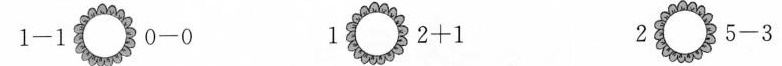
$$1 - 1$$ $$0 - 0$$ 1 $$2 + 1$$ 2 $$5 - 3$$